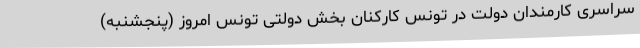
سراسری کارمندان دولت در تونس کارکنان بخش دولتی تونس امروز (پنجشنبه)